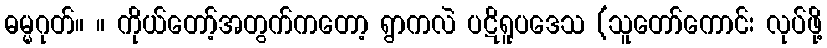
ဓမ္မဂုတ်။ ။ ကိုယ်တော့်အတွက်ကတော့ ရွာကလဲ ပဋိရူပဒေသ (သူတော်ကောင်း လုပ်ဖို့